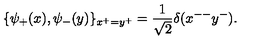
\{ \psi _ { + } ( x ) , \psi _ { - } ( y ) \} _ { x ^ { + } = y ^ { + } } = \frac { 1 } { \sqrt 2 } \delta ( x ^ { -- } y ^ { - } ) .